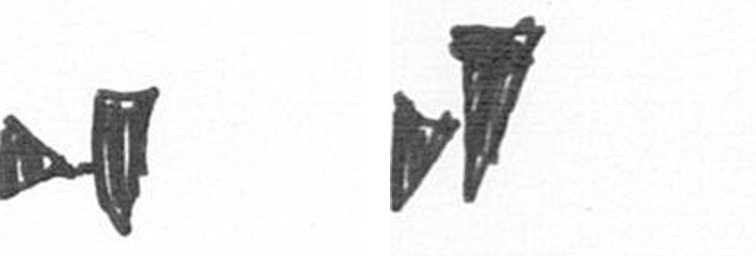
M M